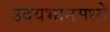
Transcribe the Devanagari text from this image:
उदयभानमध्ये